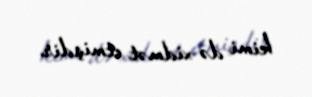
kimi də xidmət etmişdir.